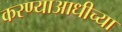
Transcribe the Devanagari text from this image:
करण्याआधीच्या